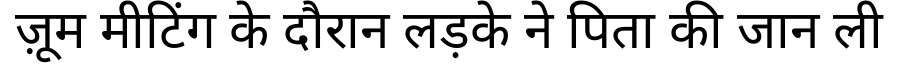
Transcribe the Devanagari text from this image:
ज़ूम मीटिंग के दौरान लड़के ने पिता की जान ली